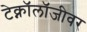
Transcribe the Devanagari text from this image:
टेक्नॉलॉजीवर